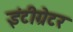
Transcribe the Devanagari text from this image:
इंटीग्रेटर